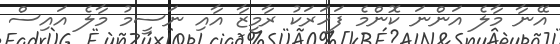
އޭނާ މާލެ އަންނަ ކޮންމެ ފަހަރަކު ރާމިޒާ އާއި ނަސީމު މާލެ އައިސް